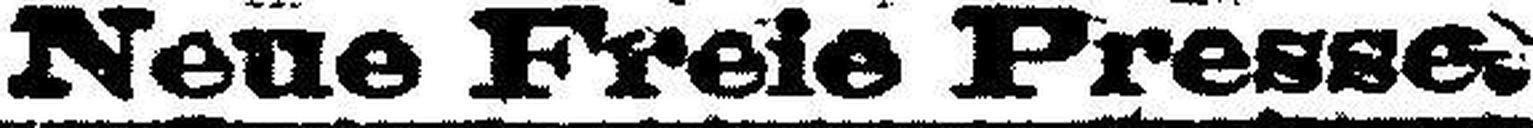
Neue Freie Presse.